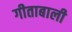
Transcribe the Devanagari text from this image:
गीताबाली